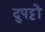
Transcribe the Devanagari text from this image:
दुपट्टों